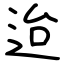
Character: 迨